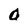
Character: O